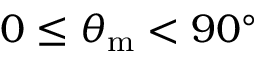
0 \leq \theta _ { \mathrm { m } } < 9 0 ^ { \circ }